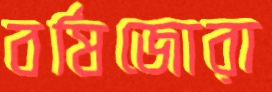
বর্ষিজোরা